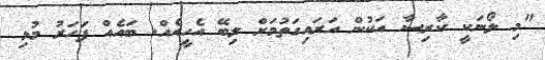
"މި ލޯނަކީ ކާރިސާ އަކުން އަރައިގަތުމަށް ލިބޭ އެހީއެއް. ބައެއް ފަހަރު މުޅި